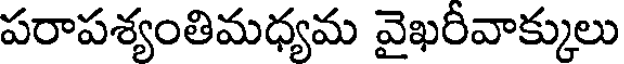
పరాపశ్యంతిమధ్యమ వైఖరీవాక్కులు